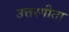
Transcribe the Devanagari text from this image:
उत्तरगीता